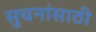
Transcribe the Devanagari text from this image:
सुचनांसाठी